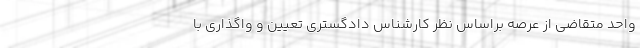
واحد متقاضی از عرصه براساس نظر کارشناس دادگستری تعیین و واگذاری با